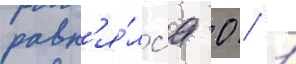
равн'я́лс'я 0 / 1